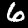
Label: 6